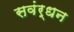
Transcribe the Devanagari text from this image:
सवंर्धन